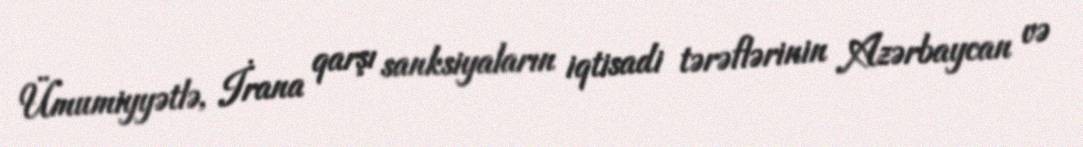
Ümumiyyətlə, İrana qarşı sanksiyaların iqtisadi tərəflərinin Azərbaycan və